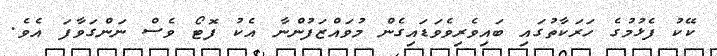
ކޭކު ފެޅުމުގެ ހަރަކާތުގައި ބައިވެރިވެވަޑައިގެން މުވައްޒަފުންނާ އެކު ފޮޓޯ ވެސް ނަންގަވާފަ އެވެ.